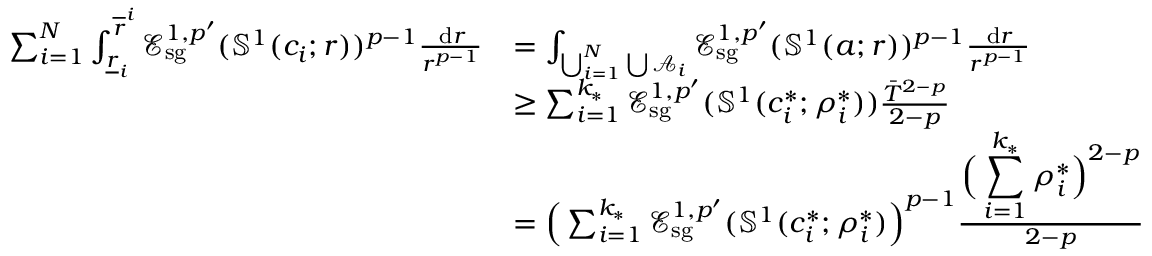
\begin{array} { r l } { \sum _ { i = 1 } ^ { N } \int _ { \underline { r } _ { i } } ^ { \overline { r } ^ { i } } \mathcal E _ { \mathrm { s g } } ^ { 1 , p ^ { \prime } } ( \mathbb S ^ { 1 } ( c _ { i } ; r ) ) ^ { p - 1 } \frac { \, \mathrm d r } { r ^ { p - 1 } } } & { = \int _ { \bigcup _ { i = 1 } ^ { N } \bigcup \mathcal A _ { i } } \mathcal E _ { \mathrm { s g } } ^ { 1 , p ^ { \prime } } ( \mathbb S ^ { 1 } ( a ; r ) ) ^ { p - 1 } \frac { \, \mathrm d r } { r ^ { p - 1 } } } \\ & { \geq \sum _ { i = 1 } ^ { k _ { * } } \mathcal E _ { \mathrm { s g } } ^ { 1 , p ^ { \prime } } ( \mathbb S ^ { 1 } ( c _ { i } ^ { * } ; \rho _ { i } ^ { * } ) ) \frac { { \bar { T } } ^ { 2 - p } } { 2 - p } } \\ & { = \Big ( \sum _ { i = 1 } ^ { k _ { * } } \mathcal E _ { \mathrm { s g } } ^ { 1 , p ^ { \prime } } ( \mathbb S ^ { 1 } ( c _ { i } ^ { * } ; \rho _ { i } ^ { * } ) \Big ) ^ { p - 1 } \frac { \displaystyle \Big ( \sum _ { i = 1 } ^ { k _ { * } } \rho _ { i } ^ { * } \Big ) ^ { 2 - p } } { 2 - p } } \end{array}